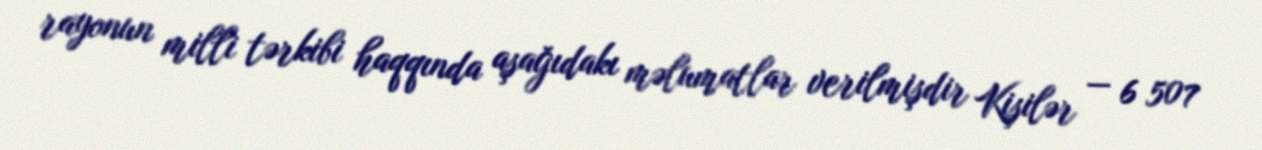
rayonun milli tərkibi haqqında aşağıdakı məlumatlar verilmişdir Kişilər — 6 507